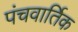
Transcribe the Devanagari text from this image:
पंचवार्तिक